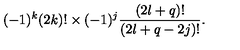
( - 1 ) ^ { k } ( 2 k ) ! \times ( - 1 ) ^ { j } \frac { ( 2 l + q ) ! } { ( 2 l + q - 2 j ) ! } .